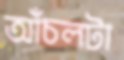
আঁচলটা